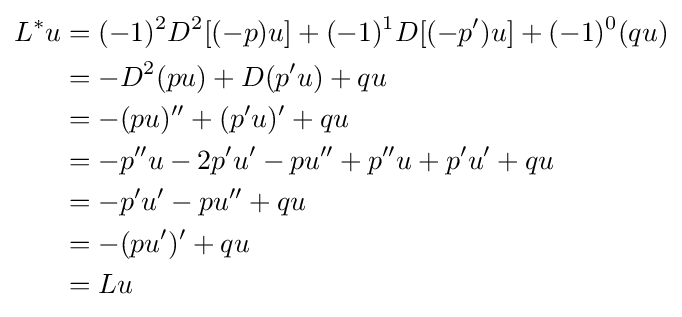
{\begin{aligned}L^{*}u&{}=(-1)^{2}D^{2}[(-p)u]+(-1)^{1}D[(-p')u]+(-1)^{0}(qu)\\&{}=-D^{2}(pu)+D(p'u)+qu\\&{}=-(pu)''+(p'u)'+qu\\&{}=-p''u-2p'u'-pu''+p''u+p'u'+qu\\&{}=-p'u'-pu''+qu\\&{}=-(pu')'+qu\\&{}=Lu\end{aligned}}